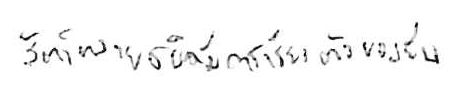
สัตว์หลายชนิดมีการเรียงตัวของยีน